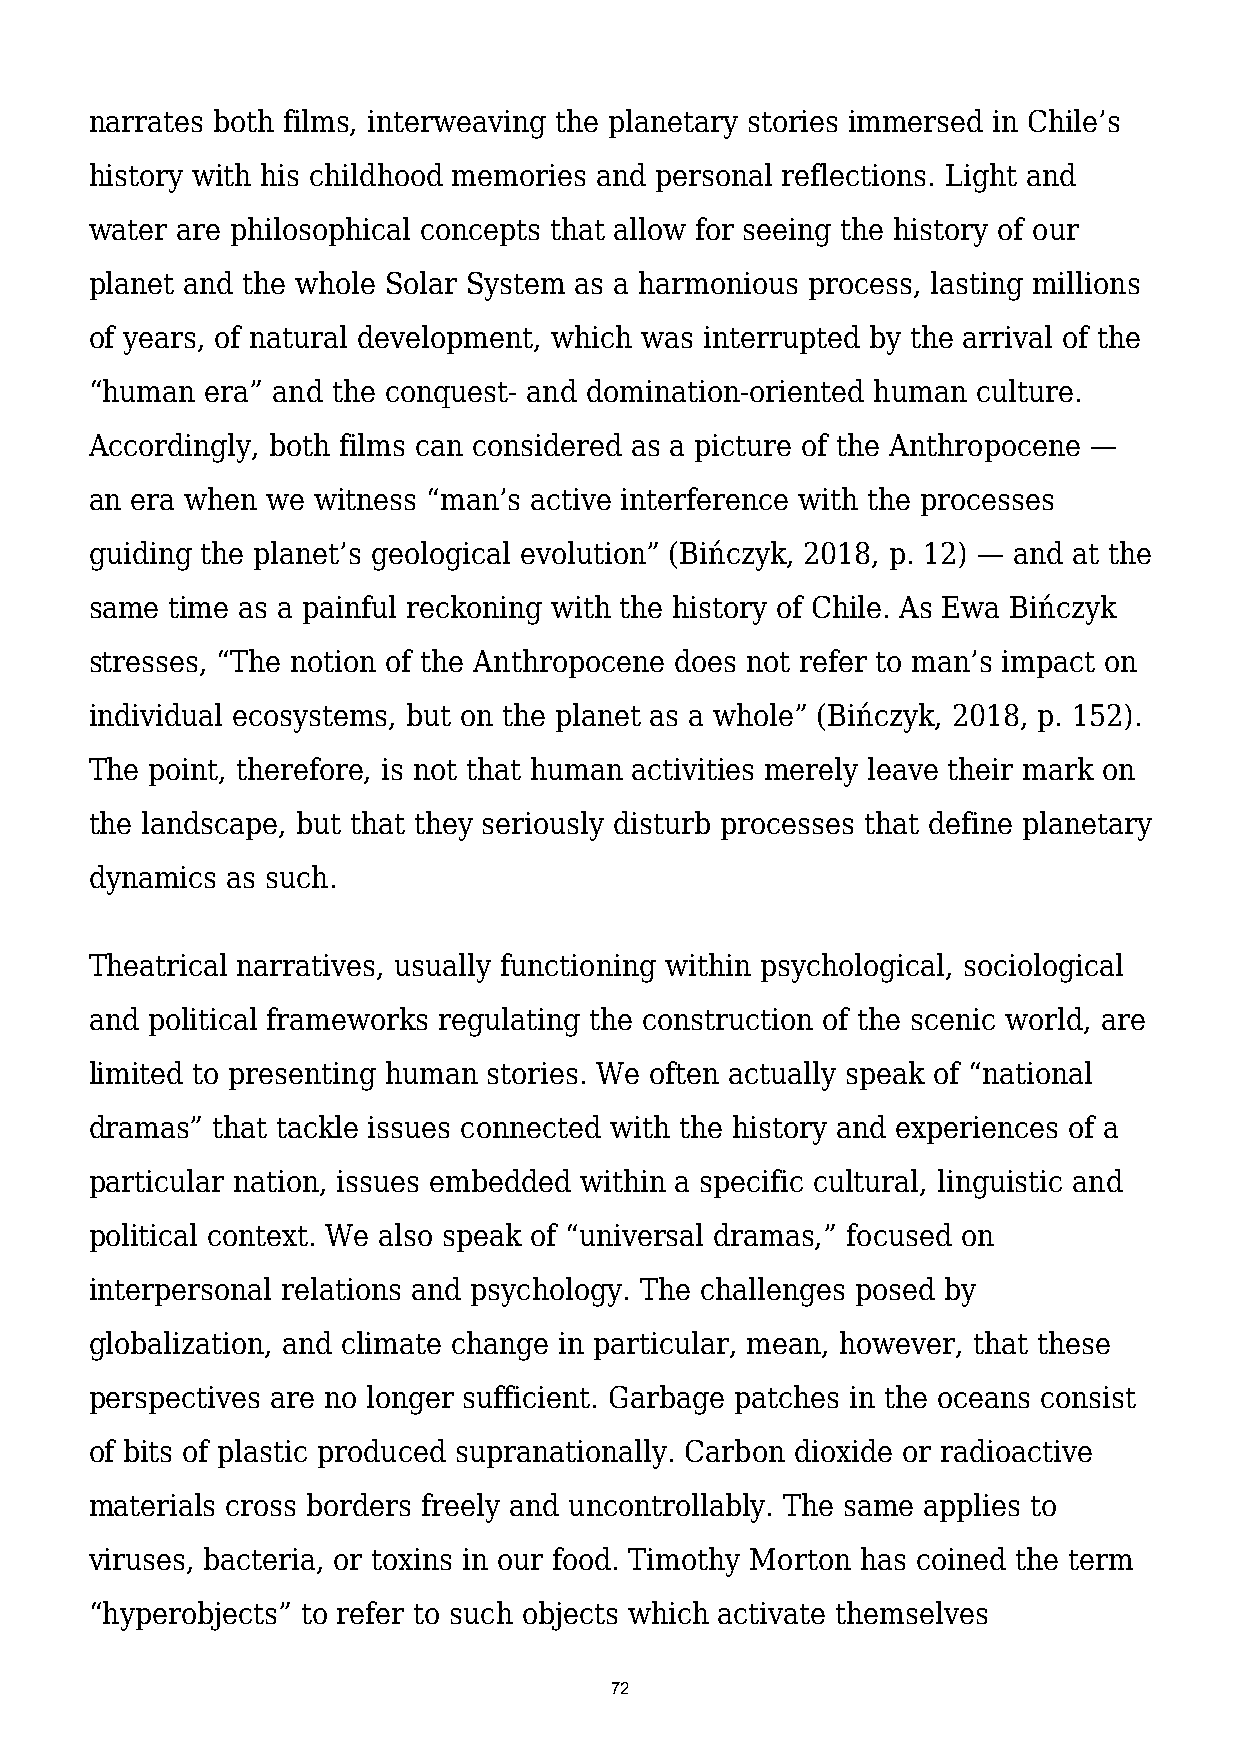
narrates both films, interweaving the planetary stories immersed in Chile’s
 history with his childhood memories and personal reflections. Light and
 water are philosophical concepts that allow for seeing the history of our
 planet and the whole Solar System as a harmonious process, lasting millions
 of years, of natural development, which was interrupted by the arrival of the
 “human  era” and the conquest- and domination-oriented human culture.
 Accordingly, both films can considered as a picture of the Anthropocene —
 an era when we witness “man’s active interference with the processes
 guiding the planet’s geological evolution” (Bińczyk, 2018, p. 12) — and at the
 same time as a painful reckoning with the history of Chile. As Ewa Bińczyk
 stresses, “The notion of the Anthropocene does not refer to man’s impact on
 individual ecosystems, but on the planet as a whole” (Bińczyk, 2018, p. 152).
 The point, therefore, is not that human activities merely leave their mark on
 the landscape, but that they seriously disturb processes that define planetary
 dynamics as such.
 Theatrical narratives, usually functioning within psychological, sociological
 and political frameworks regulating the construction of the scenic world, are
 limited to presenting human stories. We often actually speak of “national
 dramas” that tackle issues connected with the history and experiences of a
 particular nation, issues embedded within a specific cultural, linguistic and
 political context. We also speak of “universal dramas,” focused on
 interpersonal relations and psychology. The challenges posed by
 globalization, and climate change in particular, mean, however, that these
 perspectives are no longer sufficient. Garbage patches in the oceans consist
 of bits of plastic produced supranationally. Carbon dioxide or radioactive
 materials cross borders freely and uncontrollably. The same applies to
 viruses, bacteria, or toxins in our food. Timothy Morton has coined the term
 “hyperobjects” to refer to such objects which activate themselves
 72